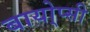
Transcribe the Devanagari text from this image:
बायो्प्सी